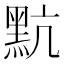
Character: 𪐦